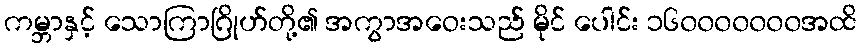
ကမ္ဘာနှင့် သောကြာဂြိုဟ်တို့၏ အကွာအဝေးသည် မိုင် ပေါင်း ၁၆၀၀၀၀၀၀၀အထိ